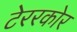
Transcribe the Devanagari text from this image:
टेररकोर